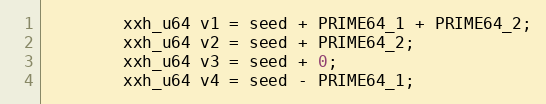
Language: C++
        xxh_u64 v1 = seed + PRIME64_1 + PRIME64_2;
        xxh_u64 v2 = seed + PRIME64_2;
        xxh_u64 v3 = seed + 0;
        xxh_u64 v4 = seed - PRIME64_1;